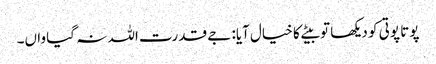
پوتا پوتی کو دیکھا تو بیٹے کا خیال آیا: جے قدرت اللہ نہ گیا واں۔